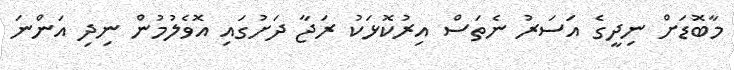
މާބޮޑަށް ނިދީގެ އަސަރު ނެތަސް އިރުކޮޅަކު ރަޖާ ދަށުގައި އޮވެލުމުން ނިދި އަންނަ